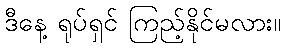
ဒီနေ့ ရုပ်ရှင် ကြည့်နိုင်မလား။